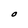
Character: O